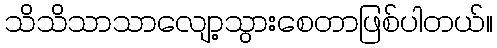
သိသိသာသာလျော့သွားစေတာဖြစ်ပါတယ်။